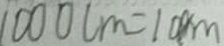
1 0 0 0 c m = 1 0 0 m